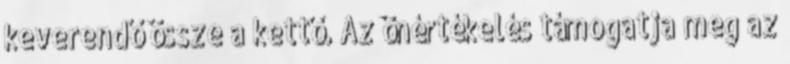
keverendő össze a kettő. Az önértékelés támogatja meg az